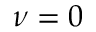
\nu = 0